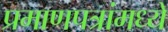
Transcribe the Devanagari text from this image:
प्रमाणपत्रांमध्ये